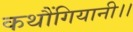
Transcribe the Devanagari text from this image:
कथौंगियानी।।